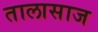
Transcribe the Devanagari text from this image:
तालासाज